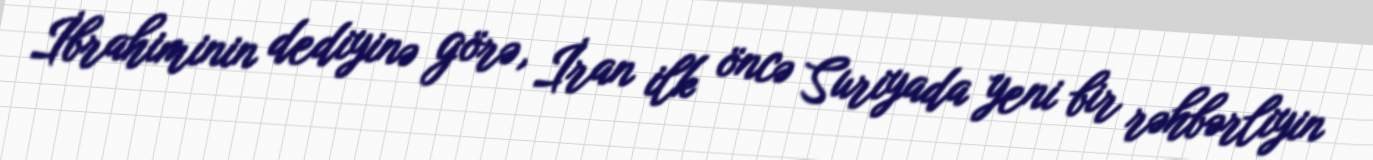
İbrahiminin dediyinə görə, İran ilk öncə Suriyada yeni bir rəhbərliyin